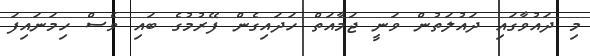
މި ދައުވާގައި ދައުލަތުން ވަނީ ޖަމާއަތް ހަދައިގެން ފޭރުމުގެ ބައި ވެސް ހިމަނައިފަ